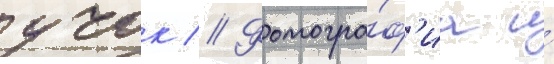
учок // Фотогра́ф'иа и́